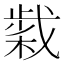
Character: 𢧹